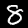
Label: 8